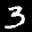
Label: 3